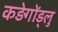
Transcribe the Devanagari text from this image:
कड़ेगोंड्लु